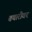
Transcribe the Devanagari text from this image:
तयारीवर